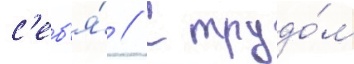
с'еб'я́ // С трудо́м